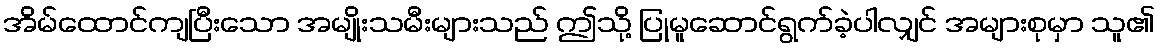
အိမ်ထောင်ကျပြီးသော အမျိုးသမီးများသည် ဤသို့ ပြုမူဆောင်ရွက်ခဲ့ပါလျှင် အများစုမှာ သူ၏